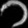
Digit: ၁